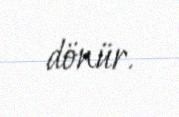
dönür.